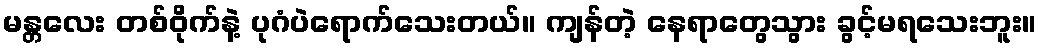
မန္တလေး တစ်ဝိုက်နဲ့ ပုဂံပဲရောက်သေးတယ်။ ကျန်တဲ့ နေရာတွေသွား ခွင့်မရသေးဘူး။